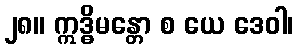
၂၈။ ဣဒ္ဓိမန္တော စ ယေ ဒေဝါ၊